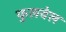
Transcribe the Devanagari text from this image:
फुलवेल